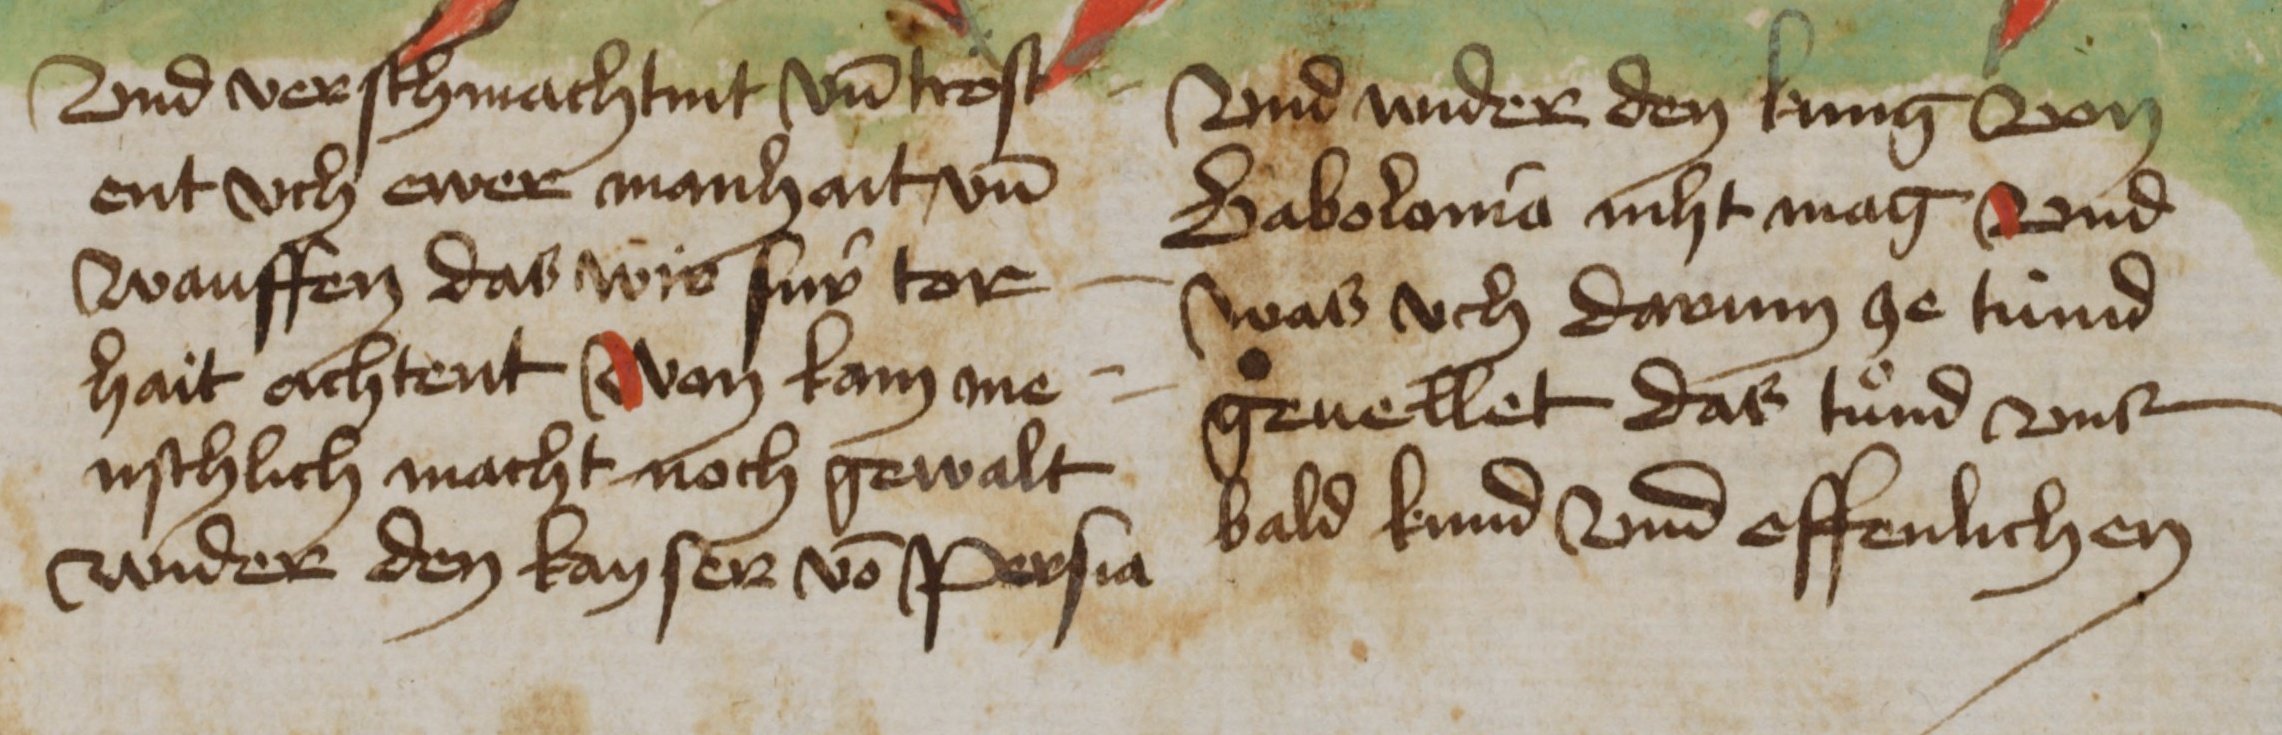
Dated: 1465–1465